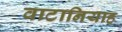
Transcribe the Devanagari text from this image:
वाटानियाह